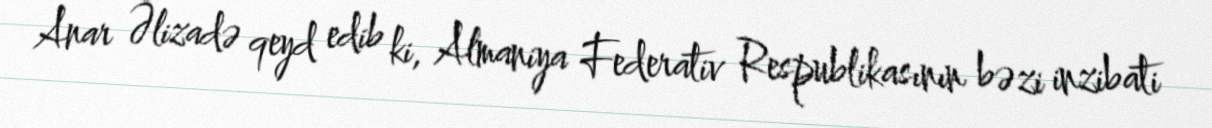
Anar Əlizadə qeyd edib ki, Almaniya Federativ Respublikasının bəzi inzibati